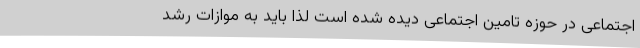
اجتماعی در حوزه تامین اجتماعی دیده شده است لذا باید به موازات رشد